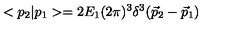
< p _ { 2 } | p _ { 1 } > = 2 E _ { 1 } ( 2 \pi ) ^ { 3 } \delta ^ { 3 } ( \vec { p } _ { 2 } - \vec { p } _ { 1 } )